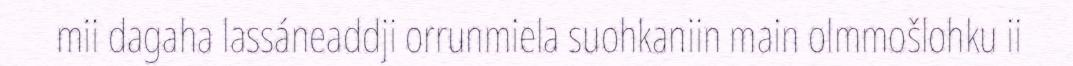
mii dagaha lassáneaddji orrunmiela suohkaniin main olmmošlohku ii